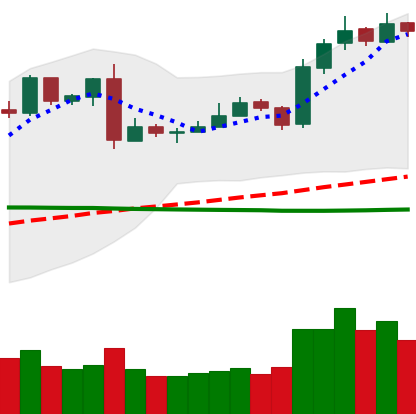
Ticker: LTC-USD
Chart end date: 2019-03-10
Forward return: 3.161%
Label: up_3_5